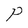
Character: P